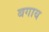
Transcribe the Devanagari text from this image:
बगाय